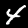
Label: 4